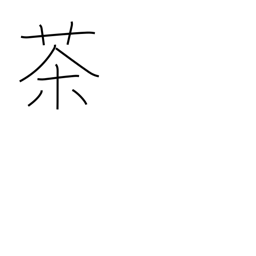
Meaning: tea